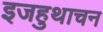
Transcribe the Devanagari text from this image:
इजहुथाचन